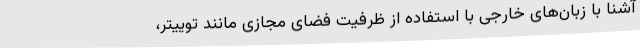
آشنا با زبان‌های خارجی با استفاده از ظرفیت فضای مجازی مانند توییتر،